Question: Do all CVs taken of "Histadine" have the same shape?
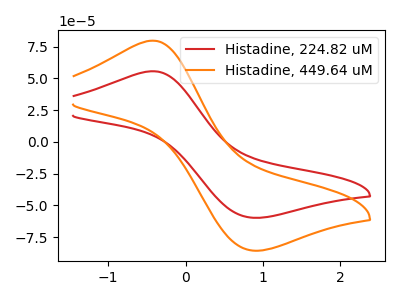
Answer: <think>The red curve "Histadine, 224.82 uM" has an anodic peak at (-0.40V, 55.55uA) and a cathodic peak at (0.85V, -59.65uA). The orange curve "Histadine, 449.64 uM" has an anodic peak at (-0.40V, 79.60uA) and a cathodic peak at (0.85V, -85.50uA).
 All the peaks in "Histadine, 224.82 uM" have a peak in "Histadine, 449.64 uM" at the same potential. Every peak in "Histadine, 224.82 uM" is lower than every peak in "Histadine, 449.64 uM".</think>
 <answer>All the CV's of "Histadine" have similar shape.</answer>
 <eval>follow_rule</eval>